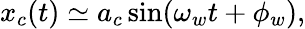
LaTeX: \begin{array}{r}{x_{c}(t)\simeq a_{c}\sin(\omega_{w}t+\phi_{w})\mathrm{,}}\end{array}